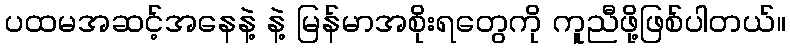
ပထမအဆင့်အနေနဲ့ နဲ့ မြန်မာအစိုးရတွေကို ကူညီဖို့ဖြစ်ပါတယ်။